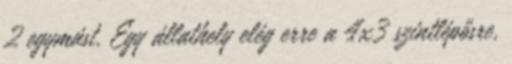
2 egymást. Egy állathely elég erre a 4x3 szintlépősre,